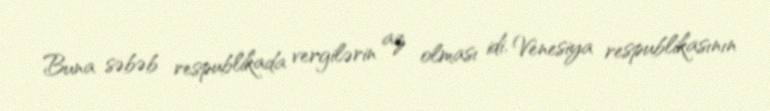
Buna səbəb respublikada vergilərin az olması idi. Venesiya respublikasının